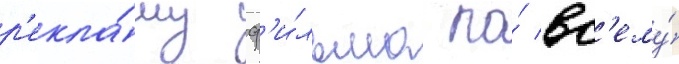
р'екла́му ф'и́льма по́ вс'ему́